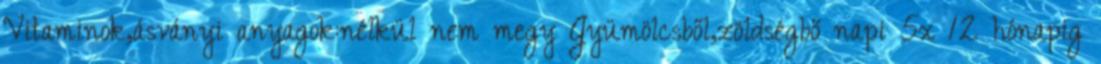
Vitaminok,ásványi anyagok:nélkül nem megy Gyümölcsből,zöldségbő napi 5x 12 hónapig